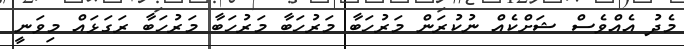
މެދު އެއްވެސް ޝަށްކެއް ނުކުރަން މަރުހަބާ މަރުހަބާ މަރުހަބާ މަރުހަބާ ރަގަޅައް މިވަނީ